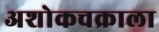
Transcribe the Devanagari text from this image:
अशोकचक्राला